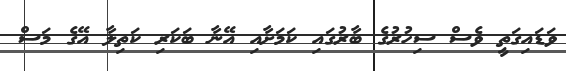
ވަޑައިގަތީ ވެސް ސިހުރުގެ ބާރުގައި ކަމަށާއި އޭނާ ބަކަރި ކަތިލާ އޭގެ މަސް